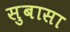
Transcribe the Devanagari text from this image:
सुबासा